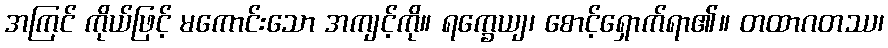
အကြင် ကိုယ်ဖြင့် မကောင်းသော အကျင့်ကို။ ရက္ခေယျ၊ စောင့်ရှောက်ရာ၏။ တထာဂတဿ၊